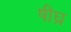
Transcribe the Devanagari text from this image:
षीघ्र